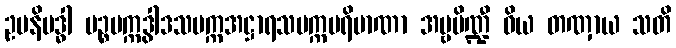
ဥပနိဗဒ္ဓါ ပဉ္စပက္ကဒွါဒသပက္ကအဋ္ဌာရသပက္ကပရိမာဏာ အမ္ဗပိဏ္ဍီ ဝိယ တဏှာယ သတိ